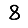
Digit: 8